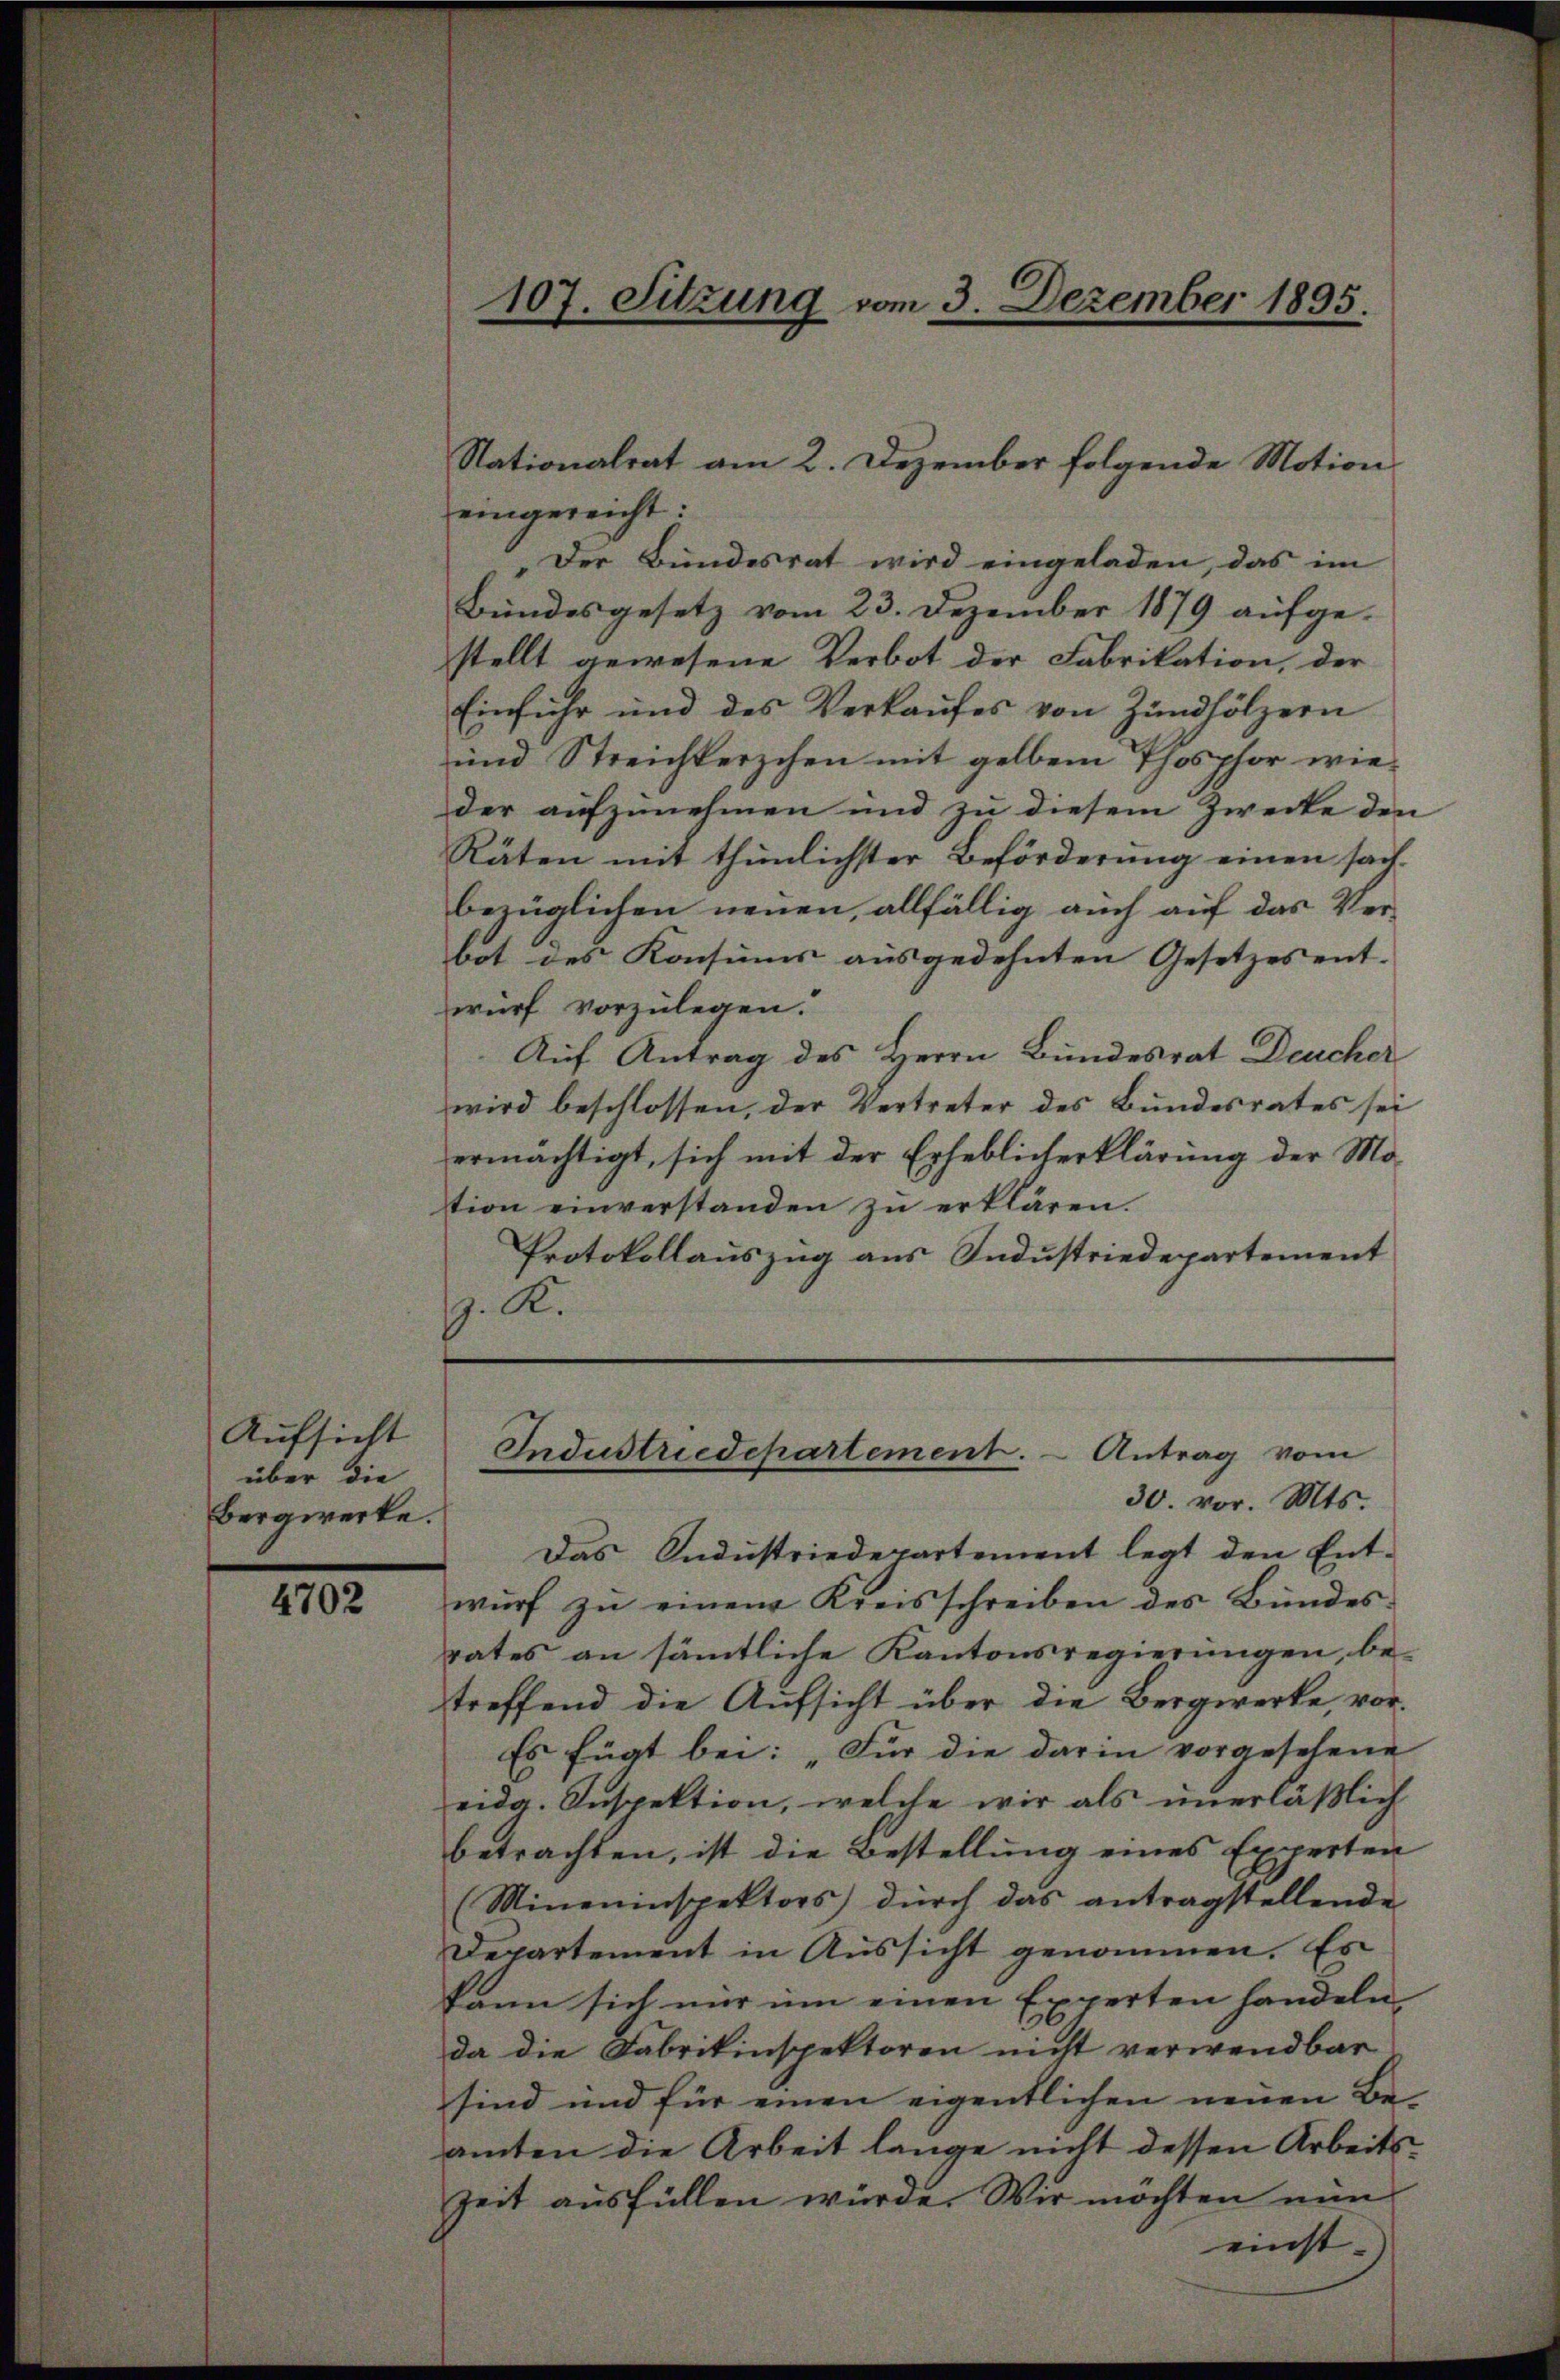
Aufsicht
über die
Bergwerke.

4702

eingereicht:
Der Bundesrat wird eingeladen, das im
Bundesgesetz vom 23. Dezember 1879 aufge-
stellt gewesene Verbot der Fabrikation, der
Einführ und des Verkaŭfes von Zündhölzern
und Streichterschen mit gelben Phosphor wieder aufzunehmen und zu diesem Zwecke den
Räten mit thunlichster Beförderung einen sach-
bezüglichen neuen, allfällig auch auf das Verbot des Konsums ausgedehnten Gesetzes ent-
wurf vorzulegen.
Auf Antrag des Herrn Bundesrat Deucher
wird beschlossen, der Vertreter des Bundesrates sei
ermächtigt, sich mit der Erheblicherklärung der Mo-
tion einverstanden zu erklären.
Protokollauszug aus Industriedepartement
G. K.

107. Sitzung vom 3. Dezember 1895.

Nationalrat am 2. Dezember folgende Motion

Industriedepartement.  Antrag vom
30. vor. Mts.

Das Industriedepartement legt den Ent-
wŭrf zŭ einem Kreisschreiben des Bŭndes-
rates an sämtliche Kantonsregierungen, be-
treffend die Aufsicht über die Bergwerke, vor.
Es fügt bei: „Für die darin vorgesehene
eidg. Inspektion, welche wir als unerläßlich
betrachten, ist die Bestellung eines Experten
(Mineninspektors dŭrch das antragstellende
Departement in Aussicht genommen. Es
kann sich nur um einen Experten handeln,
da die Fabrikinspektoren nicht verwendbar
sind und für einen eigentlichen neuen Beamten die Arbeit lange nicht dessen Arbeits¬
Zeit ausfüllen würde. Wir möchten nun
einst-